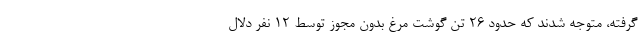
گرفته، متوجه شدند که حدود ۲۶ تن گوشت مرغ بدون مجوز توسط ۱۲ نفر دلال